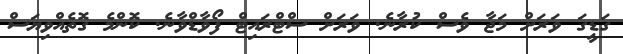
ގަޑީގަ ވަރަށް މަޖާ ވެސް ކުރާނެ. ވަރަށް ސްޓްރައިޓް ފޯވާޑްވާނެ. ކޮންމެ ގޮތެއްވިޔަސް